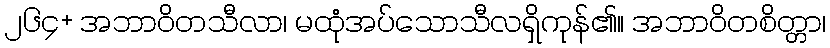
၂၆၄+ အဘာဝိတသီလာ၊ မထုံအပ်သောသီလရှိကုန်၏။ အဘာဝိတစိတ္တာ၊